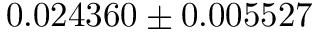
0 . 0 2 4 3 6 0 \pm 0 . 0 0 5 5 2 7